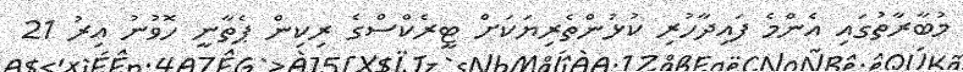
މުބާރާތުގައި އެންމެ ފައިދާހުރި ކުޅުންތެރިޔަކަށް ޓީރެކްސްގެ ރިކިން ޕެތާނީ ހޮވުނު އިރު 21